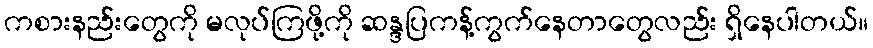
ကစားနည်းတွေကို မလုပ်ကြဖို့ကို ဆန္ဒပြကန့်ကွက်နေတာတွေလည်း ရှိနေပါတယ်။